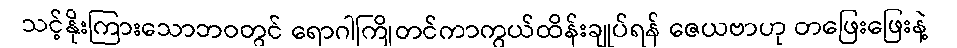
သင့်နိုးကြားသောဘဝတွင် ရောဂါကြိုတင်ကာကွယ်ထိန်းချုပ်ရန် ဇေယဗာဟု တဖြေးဖြေးနဲ့